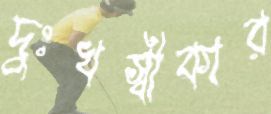
দুঃখস্বীকার